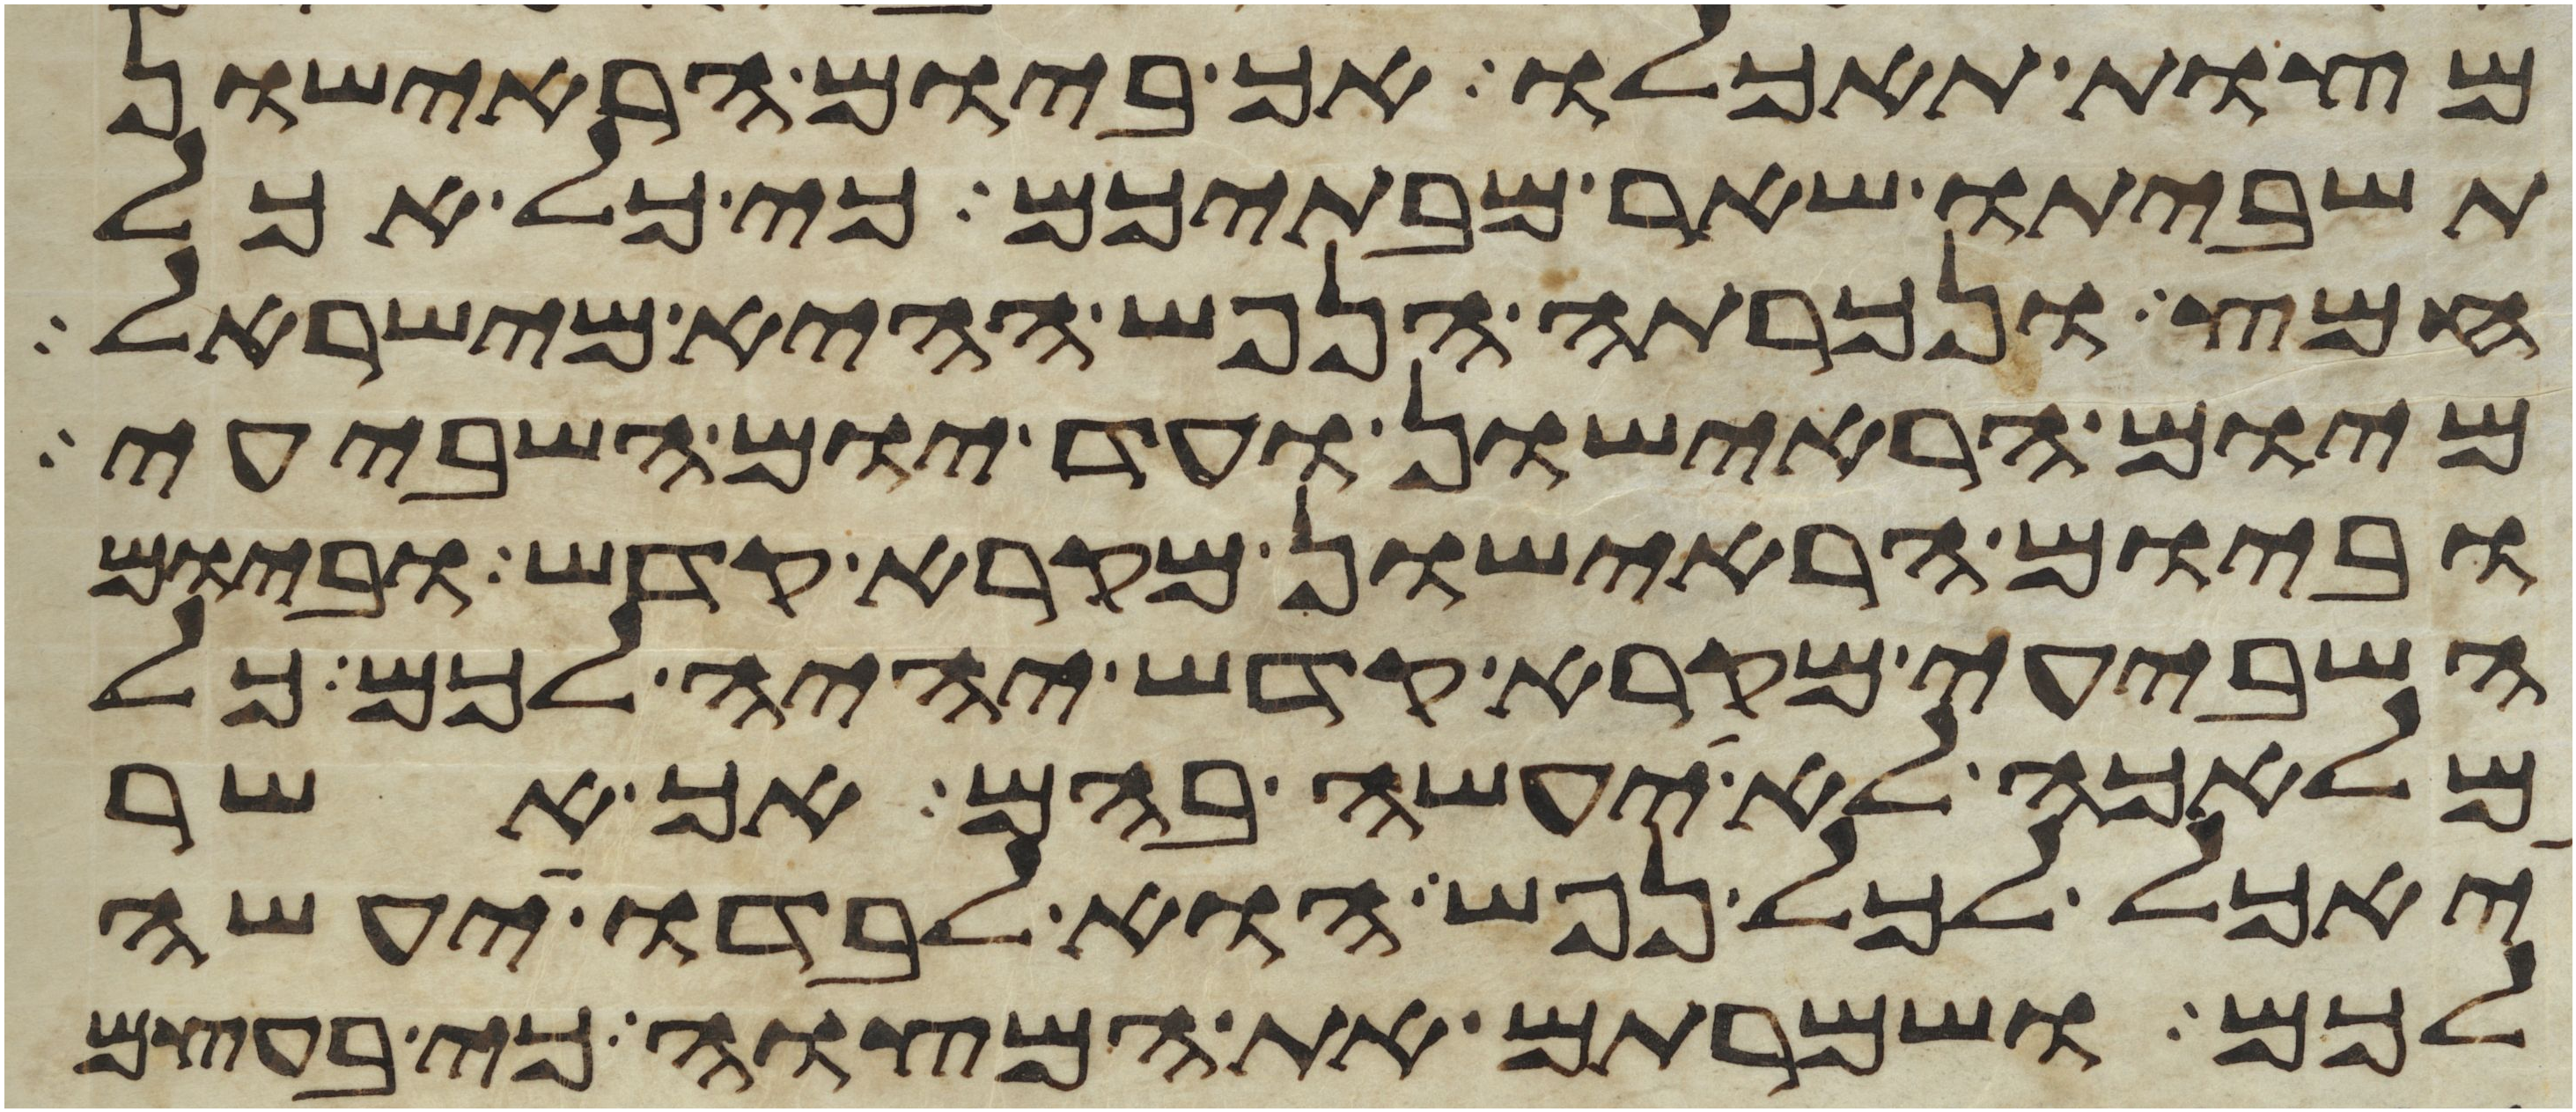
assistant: מצות תאכלו אך ביום הראישון
תשביתו שאר מבתיכם כי כל אכל
חמץ ונכרתה הנפש ההיא מישראל
מיום הראישון ועד יום השביעי
וביום הראישון מקרא קדש וביום
השביעי מקרא קדש יהיה לכם כל
מלאכה לא יעשה בהם אך אשר
יאכל לכל נפש הוא לבדו יעשה
לכם ושמרתם את המצוה כי בעצם